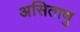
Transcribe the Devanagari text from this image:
असिताणु